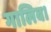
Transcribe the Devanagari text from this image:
गालिब।